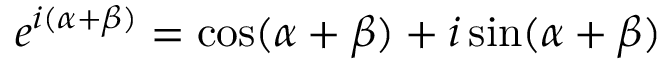
e ^ { i ( \alpha + \beta ) } = \cos ( \alpha + \beta ) + i \sin ( \alpha + \beta )